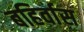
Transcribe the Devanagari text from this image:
बहिर्वास